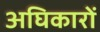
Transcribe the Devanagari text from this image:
अघिकारों